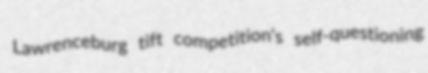
Lawrenceburg tift competition's self-questioning